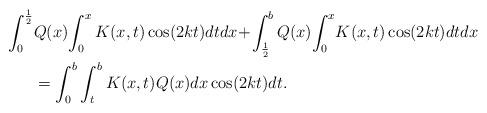
LaTeX: \begin{align*}\int_0^{\frac{1}{2}}&Q(x)\!\int_0^xK(x,t)\cos(2kt)dtdx\!+\!\int_{\frac{1}{2}}^bQ(x)\!\int_0^x\!K(x,t)\cos(2kt)dtdx\\&=\int_0^b\int_t^bK(x,t)Q(x)dx\cos(2kt)dt.\end{align*}